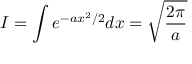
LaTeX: I = \int e ^ { - a x ^ { 2 } / 2 } d x = { \sqrt { \frac { 2 \pi } { a } } }